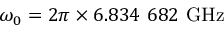
\omega _ { 0 } = 2 \pi \times 6 . 8 3 4 ~ 6 8 2 ~ \mathrm { G H z }